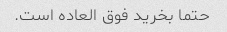
حتما بخرید فوق العاده است.